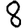
Digit: 8